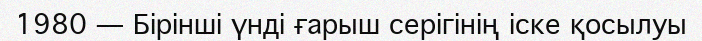
1980 — Бiрiншi үндi ғарыш серiгiнiң iске қосылуы